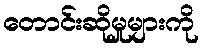
တောင်းဆိုမှုများကို